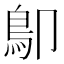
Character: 𩾓